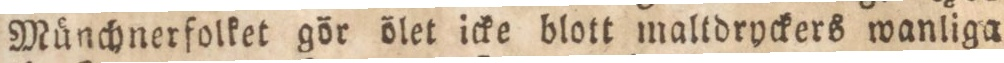
Münchnerfolket gör ölet icke blott maltdryckers wanliga